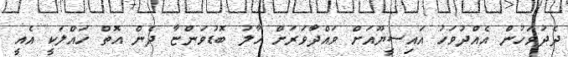
ދެދުވަހުން އެއްދުވަހު އައިސީޔޫއަށް ވައްދާވަރަށް ހާލު ބޮޑުވަންޏާ ދެން އޮތް ހައްލަކީ އެއީ